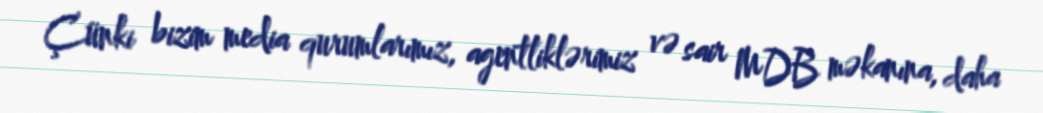
Çünki bizim media qurumlarımız, agentliklərimiz və sair MDB məkanına, daha